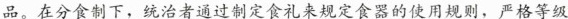
品。在分食制下，统治者通过制定食礼来规定食器的使用规则，严格等级